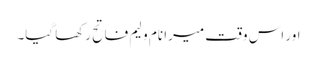
اور اس وقت میرا نام ولیم فاتح رکھا گیا۔